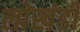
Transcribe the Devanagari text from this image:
लाेखंडी